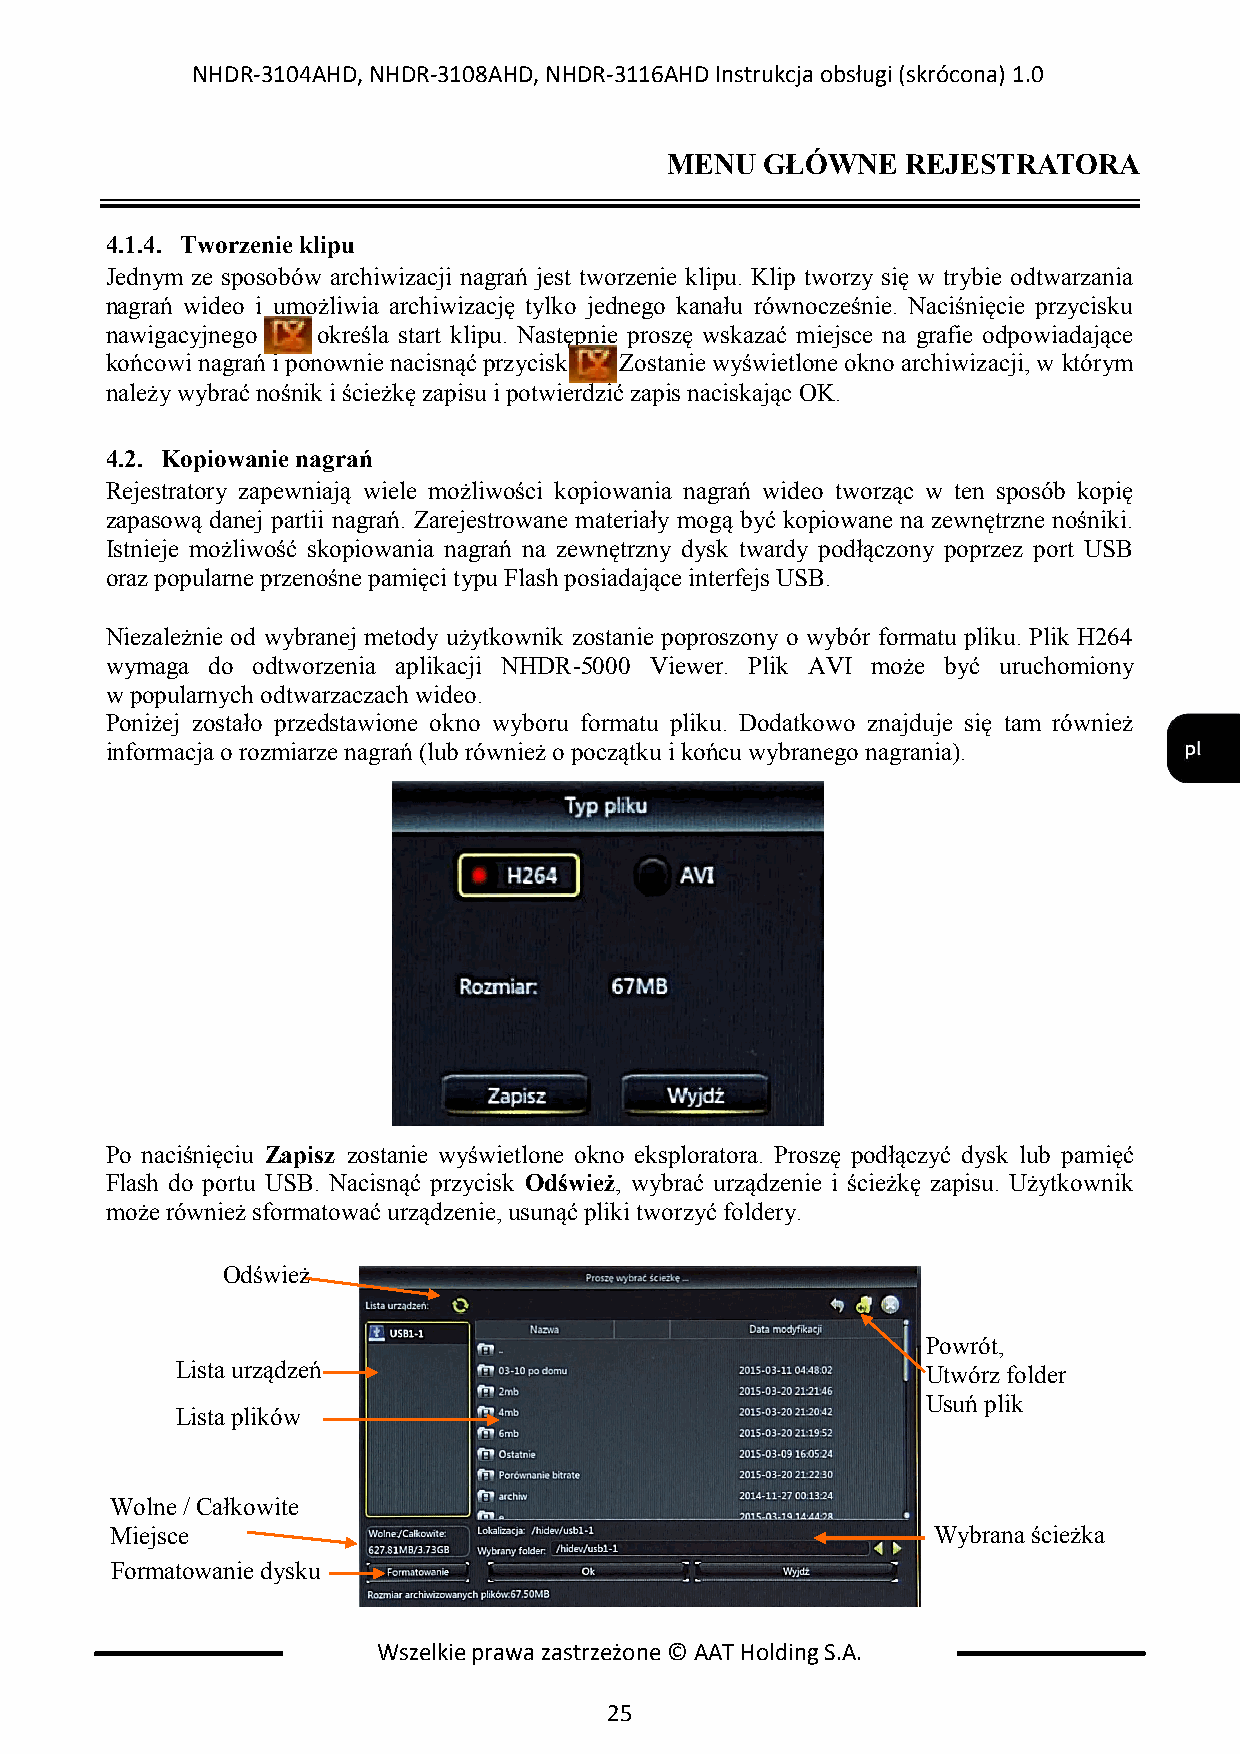
NHDR-3104AHD, NHDR-3108AHD, NHDR-3116AHD Instrukcja obsługi (skrócona) 1.0
 MENU   GŁÓWNE   REJESTRATORA
 4.1.4. Tworzenie klipu
 Jednym ze sposobów archiwizacji nagrań jest tworzenie klipu. Klip tworzy się w trybie odtwarzania
 nagrań wideo i umożliwia archiwizację tylko jednego kanału równocześnie. Naciśnięcie przycisku
 nawigacyjnego o kreśla start klipu. Następnie proszę wskazać miejsce na grafie odpowiadające
 końcowi nagrań i ponownie nacisnąć przycisk . Zostanie wyświetlone okno archiwizacji, w którym
 należy wybrać nośnik i ścieżkę zapisu i potwierdzić zapis naciskając OK.
 4.2. Kopiowanie nagrań
 Rejestratory zapewniają wiele możliwości kopiowania nagrań wideo tworząc w ten sposób kopię
 zapasową danej partii nagrań. Zarejestrowane materiały mogą być kopiowane na zewnętrzne nośniki.
 Istnieje możliwość skopiowania nagrań na zewnętrzny dysk twardy podłączony poprzez port USB
 oraz popularne przenośne pamięci typu Flash posiadające interfejs USB.
 Niezależnie od wybranej metody użytkownik zostanie poproszony o wybór formatu pliku. Plik H264
 wymaga do odtworzenia aplikacji NHDR-5000 Viewer. Plik AVI może być uruchomiony
 w popularnych odtwarzaczach wideo.
 Poniżej zostało przedstawione okno wyboru formatu pliku. Dodatkowo znajduje się tam również
 informacja o rozmiarze nagrań (lub również o początku i końcu wybranego nagrania).
 Po naciśnięciu Zapisz zostanie wyświetlone okno eksploratora. Proszę podłączyć dysk lub pamięć
 Flash do portu USB. Nacisnąć przycisk Odśwież, wybrać urządzenie i ścieżkę zapisu. Użytkownik
 może również sformatować urządzenie, usunąć pliki tworzyć foldery.
 Odśwież
 Powrót,
 Lista urządzeń                                   Utwórz folder
 Usuń plik
 Lista plików
 Wolne / Całkowite
 Miejsce                                                Wybrana ścieżka
 Formatowanie dysku
 Wszelkie prawa zastrzeżone © AAT Holding S.A.
 25